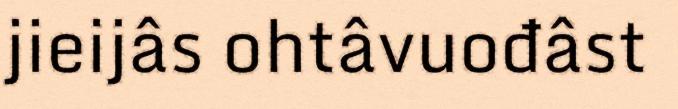
jieijâs ohtâvuođâst